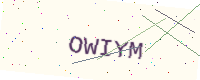
Text: OWIYM